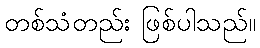
တစ်သံတည်း ဖြစ်ပါသည်။